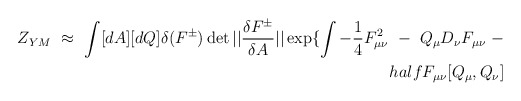
\begin{align*}Z_{YM} \ \approx \ \int [dA] [dQ] \delta ( F^{\pm} ) \det ||{ \delta F^{\pm} \over \delta A } || \exp \{ \int - \frac{1}{4}F_{\mu\nu}^2 \ - \ Q_\mu D_\nu F_{\mu\nu} \ - \\half F_{\mu\nu} [ Q_\mu , Q_\nu ]\end{align*}